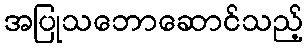
အပြုသဘောဆောင်သည့်